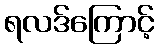
ရလဒ်ကြောင့်